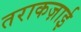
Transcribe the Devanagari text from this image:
तराकज़ाई